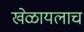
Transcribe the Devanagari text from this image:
खेळायलाच